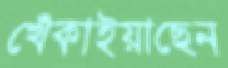
খেঁকাইয়াছেন